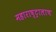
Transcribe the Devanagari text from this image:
महाराष्ट्रालाच